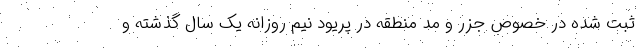
ثبت شده در خصوص جزر و مد منطقه در پریود نیم روزانه یک سال گذشته و